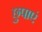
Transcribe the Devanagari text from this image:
छुपाएं